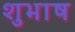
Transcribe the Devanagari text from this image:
शुभाष